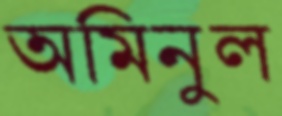
অমিনুল